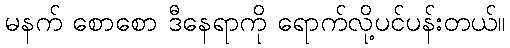
မနက် စောစော ဒီနေရာကို ရောက်လို့ပင်ပန်းတယ်။